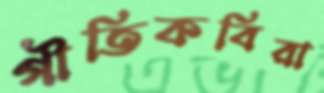
গীতিকবিরা